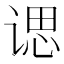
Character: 𫍰